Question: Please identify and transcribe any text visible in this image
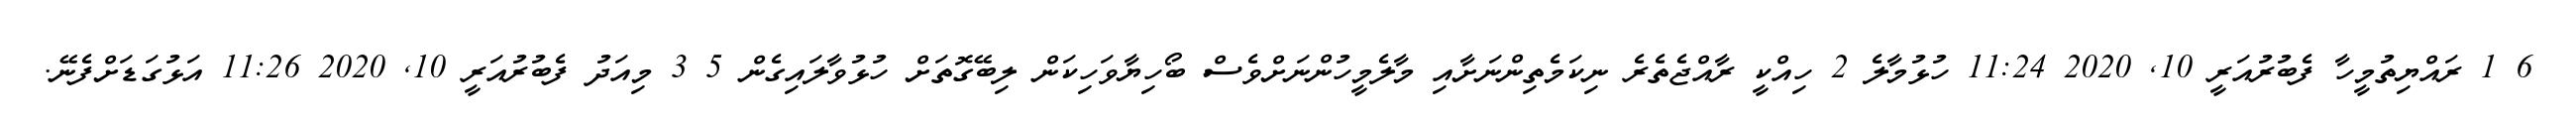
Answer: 6 1 ރައްޔިތުމީހާ ފެބުރުއަރީ 10, 2020 11:24 ހުޅުމާލެ 2 ހިއްކީ ރާއްޖެތެރެ ނިކަމެތިންނަށާއި މާލެމީހުންނަށްވެސް ބޯހިޔާވަހިކަން ލިބޭގޮތަށް ހުޅުވާލައިގެން 5 3 މިއަދު ފެބުރުއަރީ 10, 2020 11:26 އަޅުގަޑަށްފެނޭ.